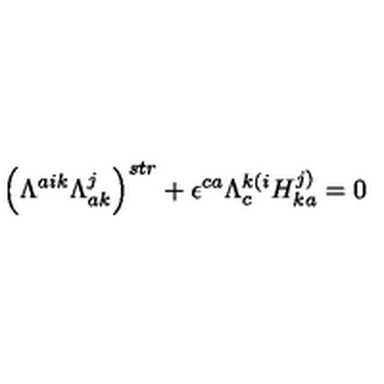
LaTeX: \left( \Lambda ^ { a i k } \Lambda _ { a k } ^ { j } \right) ^ { s t r } + \epsilon ^ { c a } \Lambda _ { c } ^ { k ( i } H _ { k a } ^ { j ) } = 0